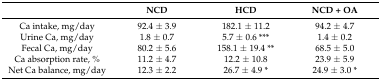
|  | NCD | HCD | NCD + OA |
 | --- | --- | --- | --- |
 | Ca intake, mg/day | 92.4 ± 3.9 | 182.1 ± 11.2 | 94.2 ± 4.7 |
 | Urine Ca, mg/day | 1.8 ± 0.7 | 5.7 ± 0.6 *** | 1.4 ± 0.2 |
 | Fecal Ca, mg/day | 80.2 ± 5.6 | 158.1 ± 19.4 ** | 68.5 ± 5.0 |
 | Ca absorption rate, % | 11.2 ± 4.7 | 12.2 ± 10.8 | 23.9 ± 5.9 |
 | Net Ca balance, mg/day | 12.3 ± 2.2 | 26.7 ± 4.9 * | 24.9 ± 3.0 * |